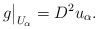
\begin{align*}g\big|_{U_\alpha}=D^2u_\alpha.\end{align*}